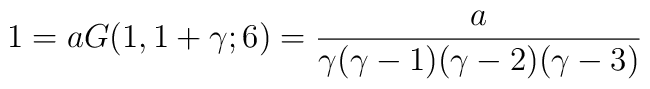
1=aG(1,1+\gamma;6)={a\over\gamma(\gamma-1)(\gamma-2)(\gamma-3)}